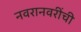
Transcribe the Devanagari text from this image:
नवरानवरींची